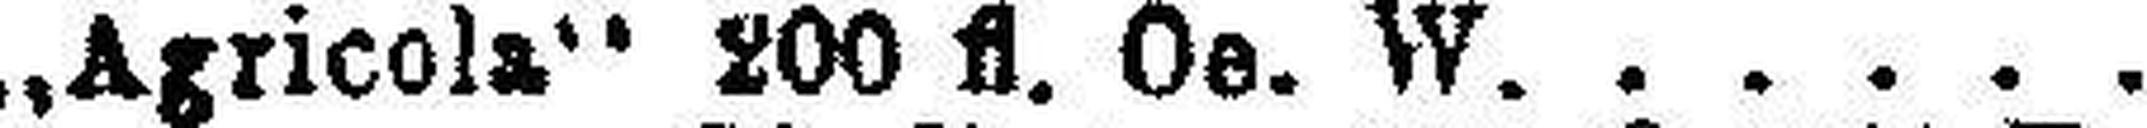
„Agricola“ 200 fl. Oe. W.